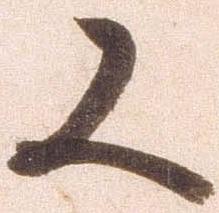
又